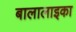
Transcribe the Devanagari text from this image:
बालालाइका